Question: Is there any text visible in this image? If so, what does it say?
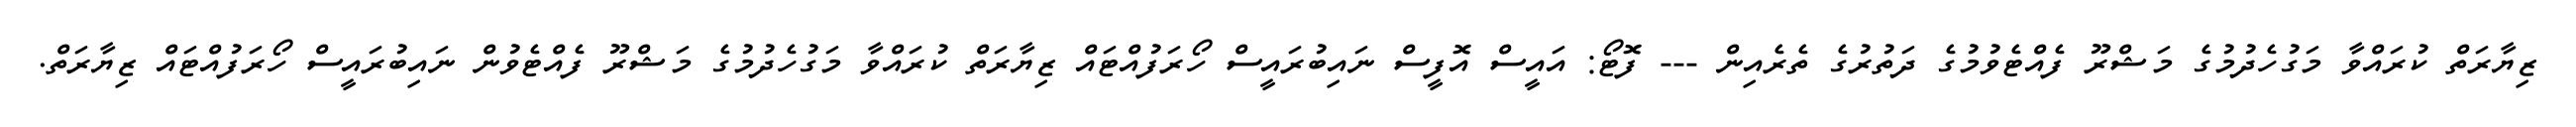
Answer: ޒިޔާރަތް ކުރައްވާ މަގުހެދުމުގެ މަޝްރޫ ފެއްޓެވުމުގެ ދަތުރުގެ ތެރެއިން --- ފޮޓޯ: އައީސް އޮފީސް ނައިބުރައީސް ހޯރަފުއްޓައް ޒިޔާރަތް ކުރައްވާ މަގުހެދުމުގެ މަޝްރޫ ފެއްޓެވުން ނައިބުރައީސް ހޯރަފުއްޓައް ޒިޔާރަތް.